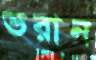
ভরান